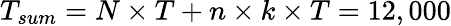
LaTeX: T_{sum}=N\times T+n\times k\times T=12,000